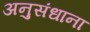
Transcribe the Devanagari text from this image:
अनुसंधाना